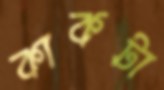
কাকটা